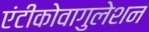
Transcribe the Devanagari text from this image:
एंटीकोवागुलेशन